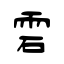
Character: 雼